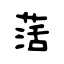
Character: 萿